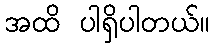
အထိ ပါရှိပါတယ်။